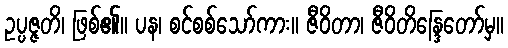
ဥပ္ပဇ္ဇတိ၊ ဖြစ်၏။ ပန၊ စင်စစ်သော်ကား။ ဇီဝိတာ၊ ဇီဝိတိန္ဒြေတော်မှ။